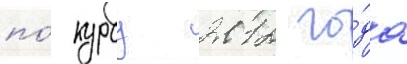
по́ курсу 2012 го́да